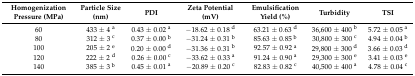
<table><thead><tr><td><b>Homogenization Pressure (MPa)</b></td><td><b>Particle Size (nm)</b></td><td><b>PDI</b></td><td><b>Zeta Potential (mV)</b></td><td><b>Emulsification Yield (%)</b></td><td><b>Turbidity</b></td><td><b>TSI</b></td></tr></thead><tbody><tr><td>60</td><td>433 ± 4 <sup>a</sup></td><td>0.43 ± 0.02 <sup>a</sup></td><td>−18.62 ± 0.18 <sup>d</sup></td><td>63.21 ± 0.63 <sup>d</sup></td><td>36,600 ± 400 <sup>b</sup></td><td>5.72 ± 0.05 <sup>a</sup></td></tr><tr><td>80</td><td>312 ± 3 <sup>c</sup></td><td>0.37 ± 0.00 <sup>b</sup></td><td>−31.24 ± 0.31 <sup>b</sup></td><td>85.63 ± 0.85 <sup>b</sup></td><td>30,800 ± 300 <sup>c</sup></td><td>4.94 ± 0.04 <sup>b</sup></td></tr><tr><td>100</td><td>205 ± 2 <sup>e</sup></td><td>0.20 ± 0.00 <sup>d</sup></td><td>−31.36 ± 0.31 <sup>b</sup></td><td>92.57 ± 0.92 <sup>a</sup></td><td>29,800 ± 300 <sup>d</sup></td><td>3.66 ± 0.03 <sup>d</sup></td></tr><tr><td>120</td><td>222 ± 2 <sup>d</sup></td><td>0.26 ± 0.00 <sup>c</sup></td><td>−33.62 ± 0.33 <sup>a</sup></td><td>91.24 ± 0.90 <sup>a</sup></td><td>29,300 ± 300 <sup>e</sup></td><td>3.41 ± 0.03 <sup>e</sup></td></tr><tr><td>140</td><td>385 ± 3 <sup>b</sup></td><td>0.45 ± 0.01 <sup>a</sup></td><td>−20.89 ± 0.20 <sup>c</sup></td><td>82.83 ± 0.82 <sup>c</sup></td><td>40,500 ± 400 <sup>a</sup></td><td>4.78 ± 0.04 <sup>c</sup></td></tr></tbody></table>